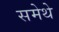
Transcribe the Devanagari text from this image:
समेथे